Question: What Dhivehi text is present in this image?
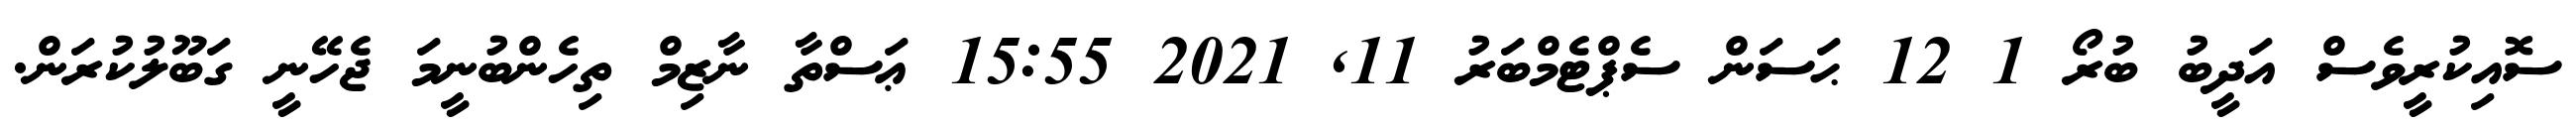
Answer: ސޮއިކުރީވެސް އަދީބު ބުރޯ 1 12 ޙަސަން ސެޕްޓެމްބަރު 11, 2021 15:55 ޢަސްތާ ނާޒިމް ތިހެންބުނީމަ ޖެހޭނީ ގަބޫލުކުރަން.